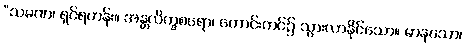
“သမဏ၊ ရှင်ရဟန်း။ အန္တလိက္ခစရော၊ ကောင်းကင်၌ သွားလာနိုင်သော။ မာနသော၊